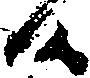
候